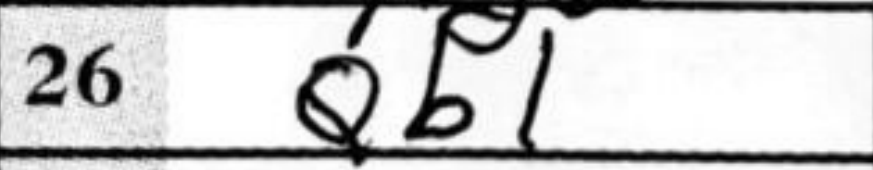
Transcription: Qb1